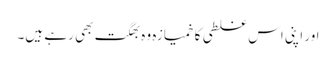
اور اپنی اس غلطی کا خمیازہ وہ بھگت بھی رہے ہیں۔